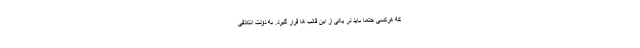
که هرکسی حتما باید در یکی از این قالب ها قرار گیرد. به دولت ائتلافی